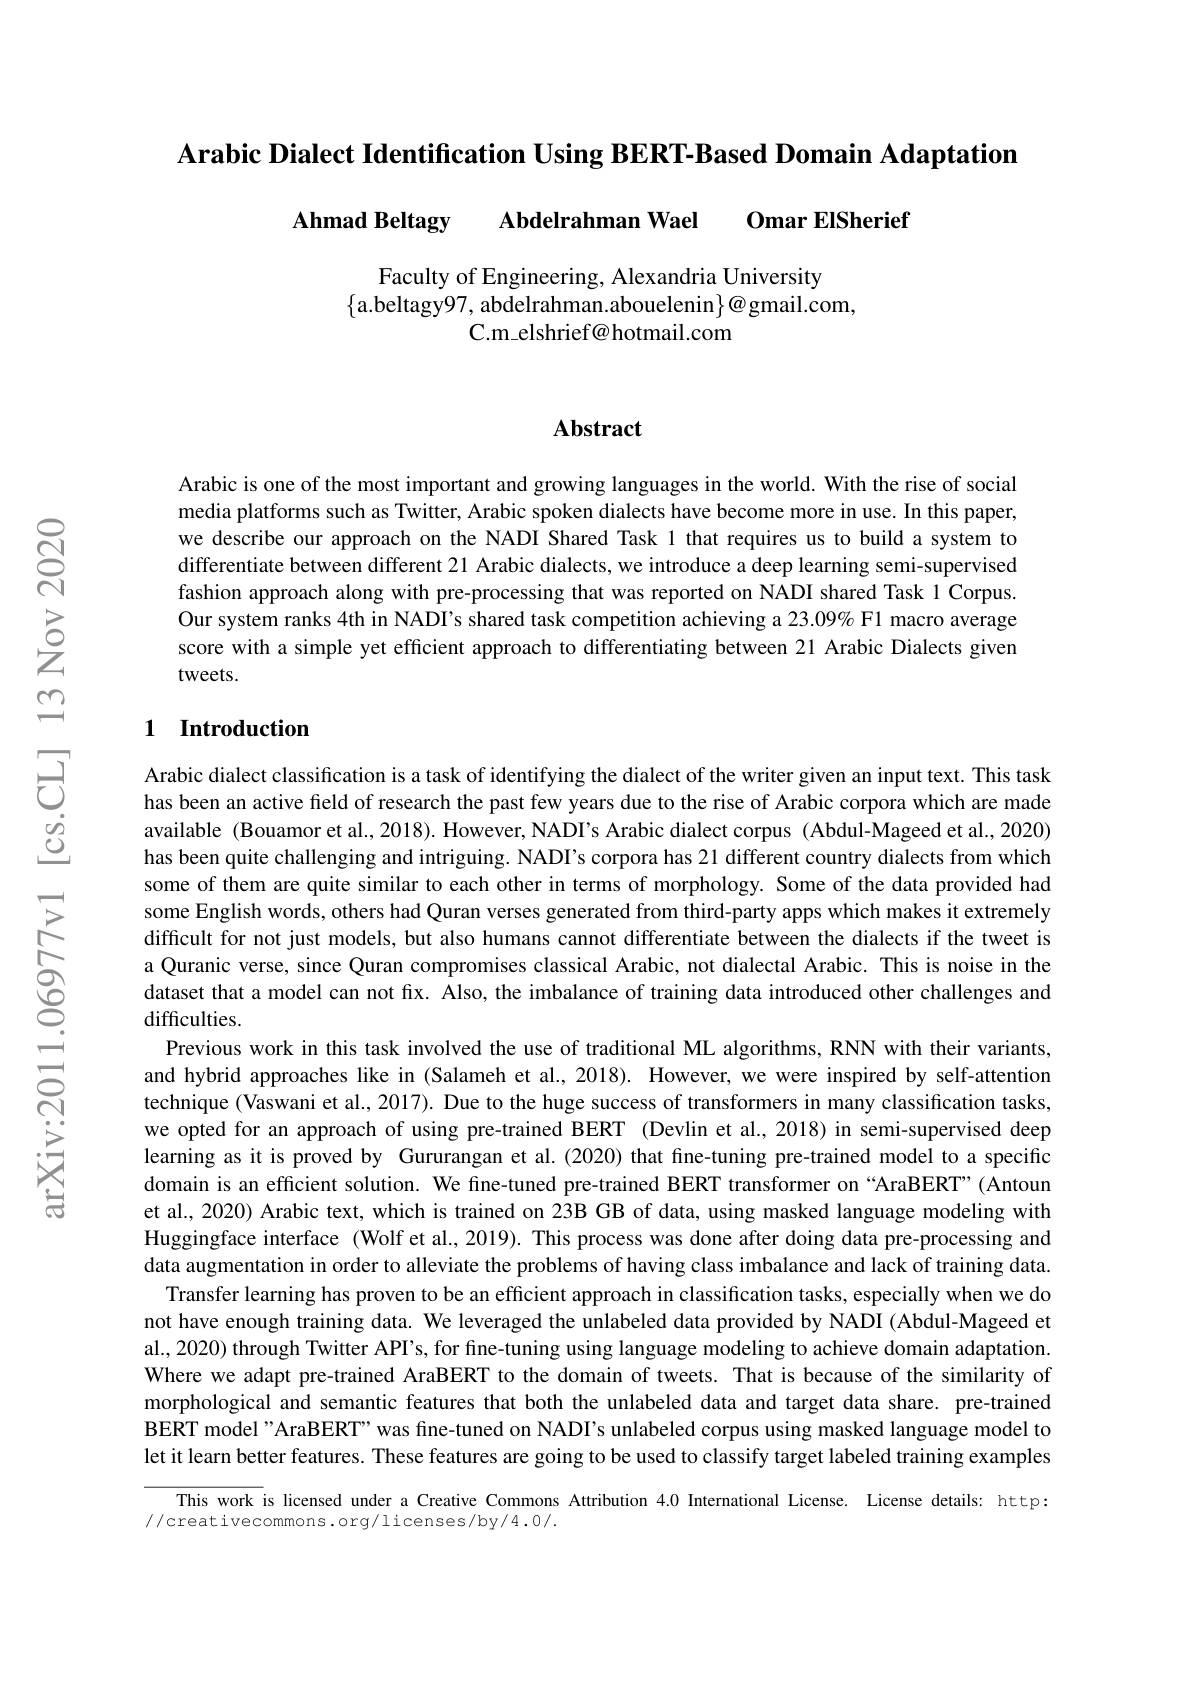
Arabic Dialect Identification Using BERT-Based Domain Adaptation

Ahmad Beltagy Abdelrahman Wael Omar ElSherief

Faculty of Engineering, Alexandria University
$\{$a.beltagy97,abdelrahman.abouelenin$\}@$gmail.com,
C.m\_elshrief@hotmail.com

## Abstract

Arabic is one of the most important and growing languages in the world. With the rise of social media platforms such as Twitter, Arabic spoken dialects have become more in use. In this paper, we describe our approach on the NADI Shared Task 1 that requires us to build a system to differentiate between different 21 Arabic dialects, we introduce a deep learning semi-supervisedi fashion approach along with pre-processing that was reported on NADI shared Task 1 Corpus. Our system ranks 4th in NADI's shared task competition achieving a 23.09% F1 macro average score with a simple yet efficient approach to differentiating between 21 Arabic Dialects given tweets.

### 1 Introduction

Arabic dialect classification is a task of identifying the dialect of the writer given an input text. This task has been an active field of research the past few years due to the rise of Arabic corpora which are made available (Bouamor et al., 2018). However, NADI's Arabic dialect corpus (Abdul-Mageed et al., 2020) has been quite challenging and intriguing. NADI's corpora has 21 different country dialects from which some of them are quite similar to each other in terms of morphology. Some of the data provided had some English words, others had Quran verses generated from third-party apps which makes it extremely difficult for not just models, but also humans cannot differentiate between the dialects if the tweet is a Quranic verse, since Quran compromises classical Arabic, not dialectal Arabic. This is noise in the dataset that a model can not fix. Also, the imbalance of training data introduced other challenges and difficulties.
Previous work in this task involved the use of traditional ML algorithms, RNN with their variants, and hybrid approaches like in (Salameh et al., 2018). However, we were inspired by self-attention technique (Vaswani et al., 2017). Due to the huge success of transformers in many classification tasks, we opted for an approach of using pre-trained BERT (Devlin et al., 2018) in semi-supervised deep learning as it is proved by Gururangan et al.(2020) that fine-tuning pre-trained model to a specific domain is an efficient solution. We fine-tuned pre-trained BERT transformer on “AraBERT”(Antoun et al., 2020) Arabic text, which is trained on 23B GB of data, using masked language modeling with Huggingface interface (Wolf et al., 2019). This process was done after doing data pre-processing and data augmentation in order to alleviate the problems of having class imbalance and lack of training data
Transfer learning has proven to be an efficient approach in classification tasks, especially when we do not have enough training data. We leveraged the unlabeled data provided by NADI (Abdul-Mageed et al., 2020) through Twitter API's, for fine-tuning using language modeling to achieve domain adaptation. Where we adapt pre-trained AraBERT to the domain of tweets. That is because of the similarity of morphological and semantic features that both the unlabeled data and target data share. pre-trained BERT model"AraBERT" was fine-tuned on NADI's unlabeled corpus using masked language model to let it learn better features. These features are going to be used to classify target labeled training examples
This work is licensed under a Creative Commons Attribution 4.0 International License. License details: http:

//creativecommons.org/licenses/by/4.0/.